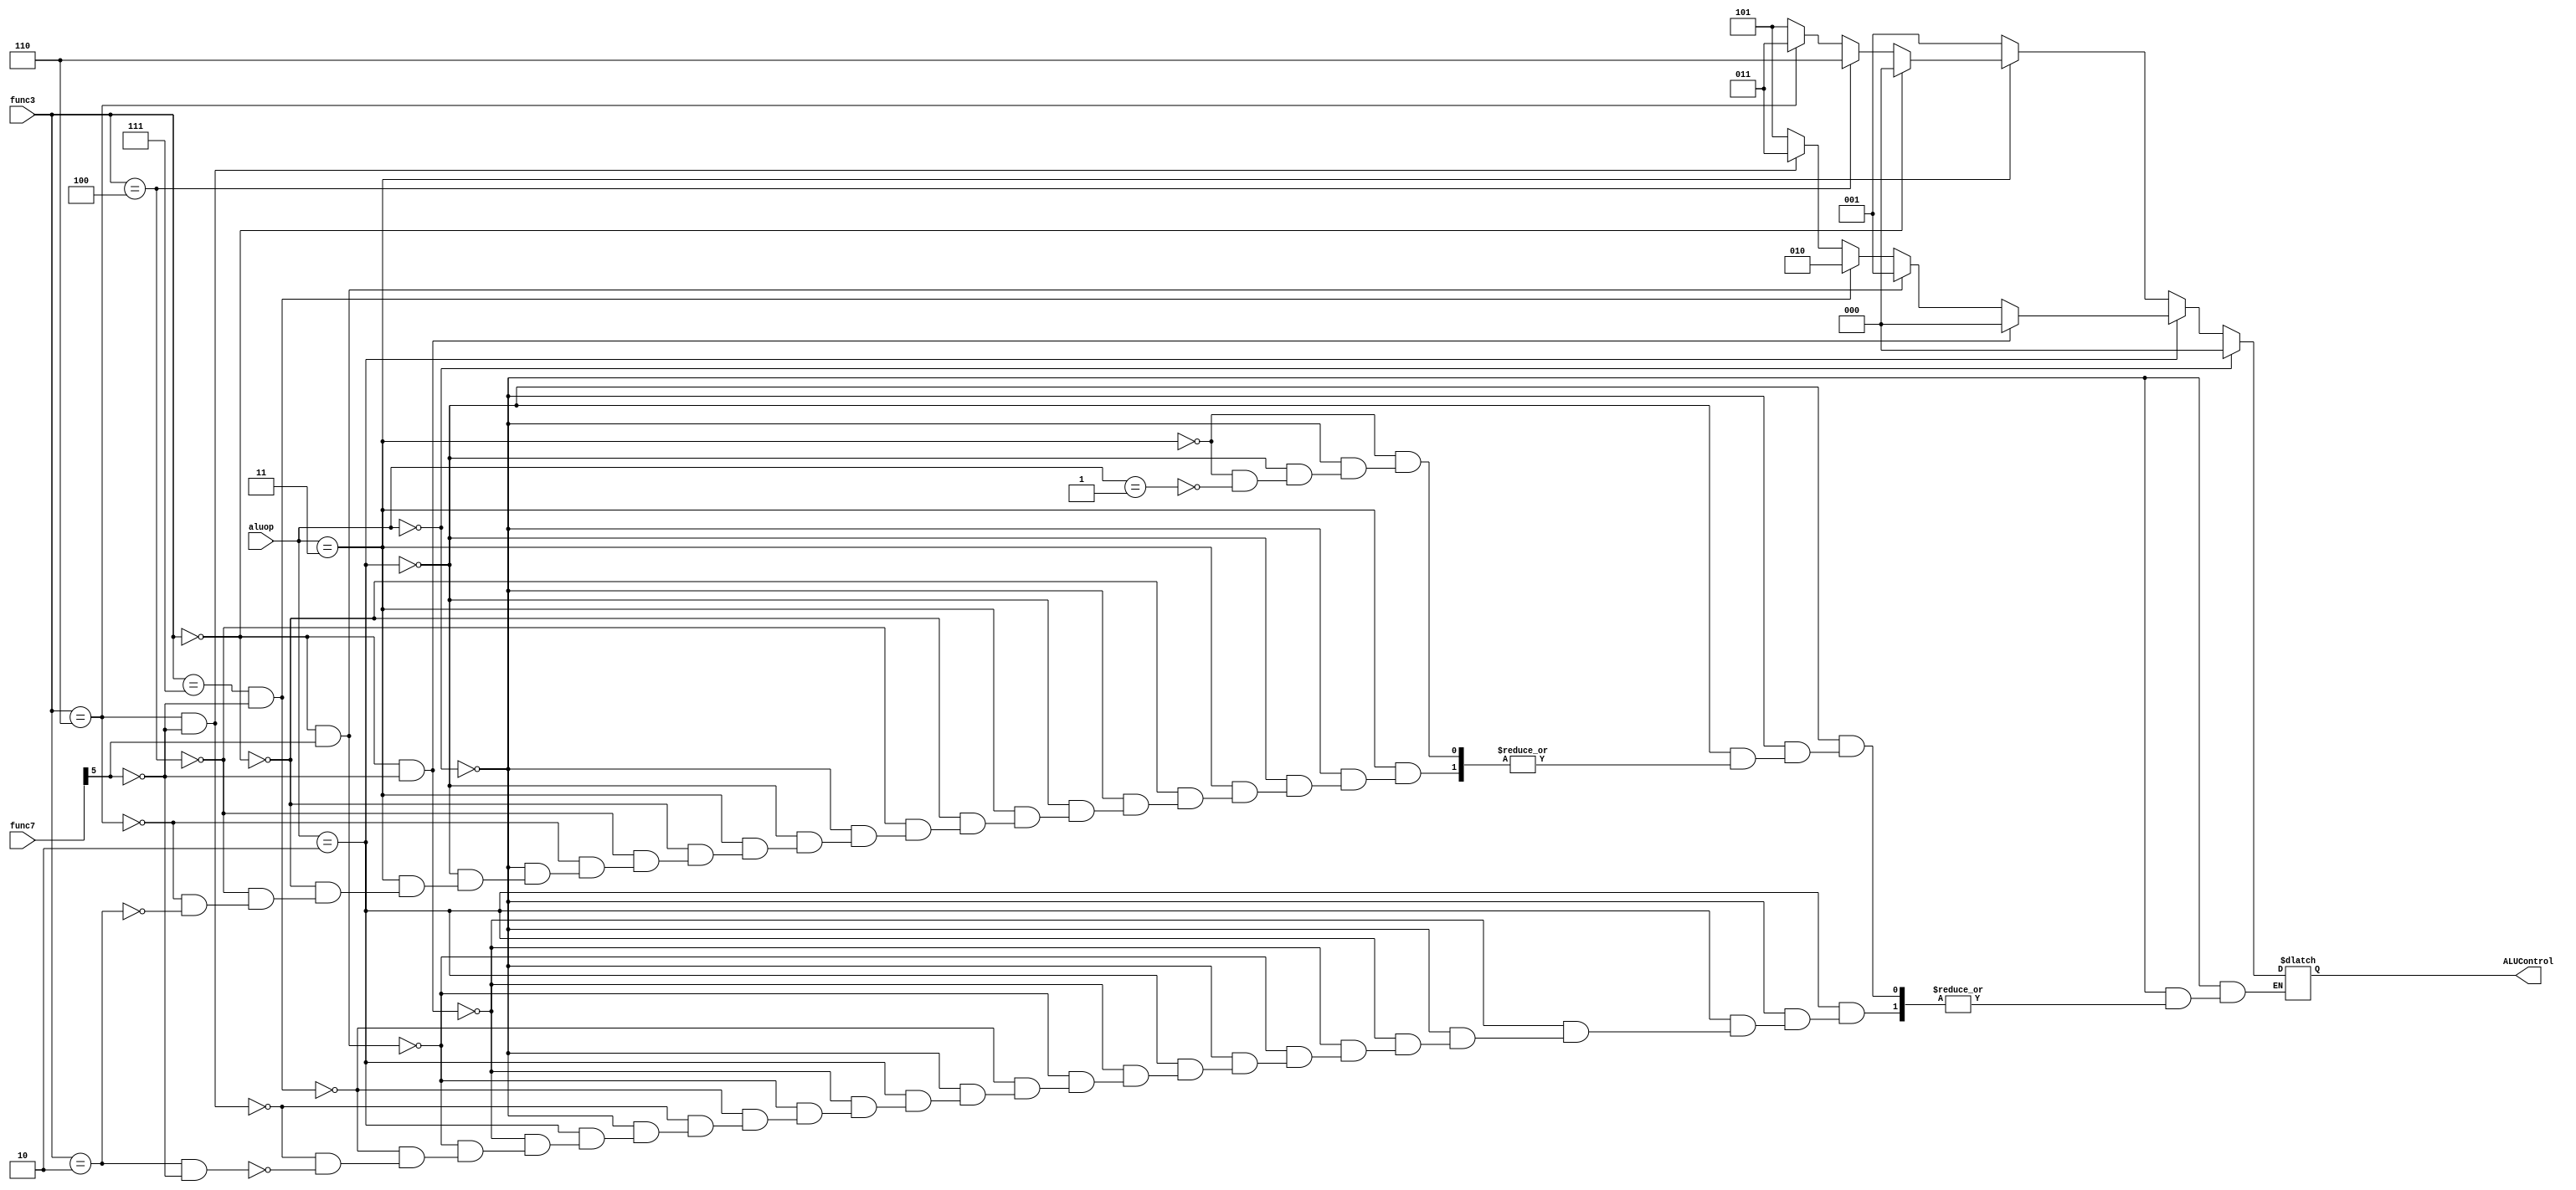




module ALUController(input [1:0] aluop,input [2:0] func3,input [6:0] func7, output reg [2:0] ALUControl);

always @(*)begin
    if(aluop == 2'b00)
        ALUControl = 3'b000;
    else if(aluop == 2'b10)begin
        if (func3 == 3'b000 && func7[5] == 1'b0)//add
            ALUControl = 3'b000;

        else if(func3 == 3'b000 && func7[5] == 1'b1)//sub
            ALUControl = 3'b001;

        else if(func3 == 3'b111 && func7[5] == 1'b0)//and
            ALUControl = 3'b010;

        else if(func3 == 3'b110 && func7[5] == 1'b0)//or 
            ALUControl = 3'b011;
        
        else if(func3 == 3'b010 && func7[5] == 1'b0)//slt
            ALUControl = 3'b101;
    end
    else if(aluop == 2'b11)begin
        if (func3 == 3'b000)//addi
            ALUControl = 3'b000;

        else if(func3 == 3'b100)//xori
            ALUControl = 3'b110;

        else if(func3 == 3'b110)//ori 
            ALUControl = 3'b011;
        
        else if(func3 == 3'b010)//slti
            ALUControl = 3'b101;
    end
    else if(aluop == 2'b01)
        ALUControl = 3'b001;
end

endmodule